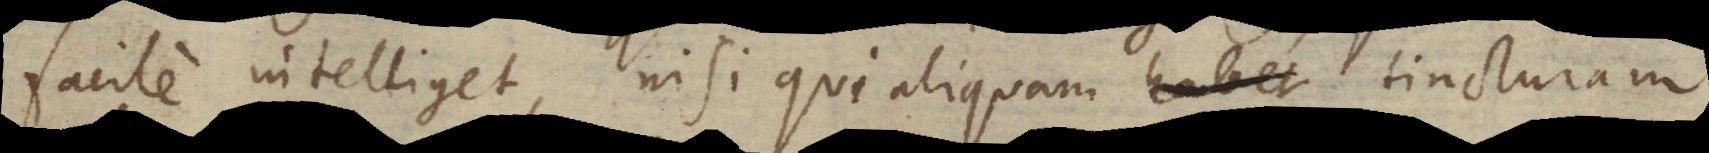
facile intelliget, nisi qui aliquam habet tincturam